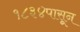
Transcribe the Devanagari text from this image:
१८३४पासून